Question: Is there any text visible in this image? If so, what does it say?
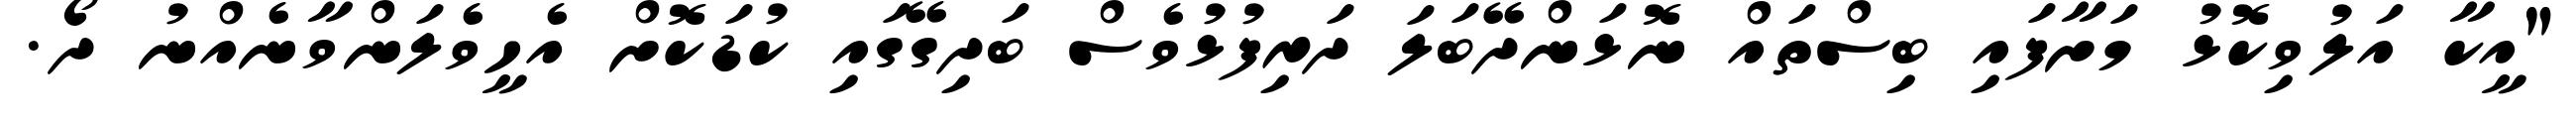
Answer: "އީކާ އަލުވިކޮޅު މަށާފައި ބިސްތައް ނޮޅަންދޭބަލަ ދަރިފުޅުވެސް ބަދިގޭގައި ކުޑަކޮށް އެހީވެލަންވާނެއްނު ދޯ.